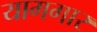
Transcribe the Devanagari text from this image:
यागगार